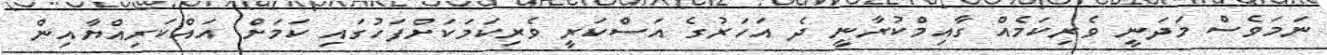
ނަމަވެސް މަދަނީ ވެރިކަމެއް ގާއިމްކުރާނީ ދެ އަހަރުގެ އަސްކަރީ ވެރިކަމަކަށްފަހުގައި ކަމަށް އައްކަރިއްޔާއިން